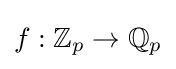
f:\mathbb {Z} _{p}\to \mathbb {Q} _{p}